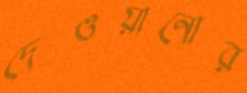
দেওয়ানোর